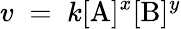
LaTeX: v\; =\; k[\mathrm{A}]^{x}[\mathrm{B}]^{y}